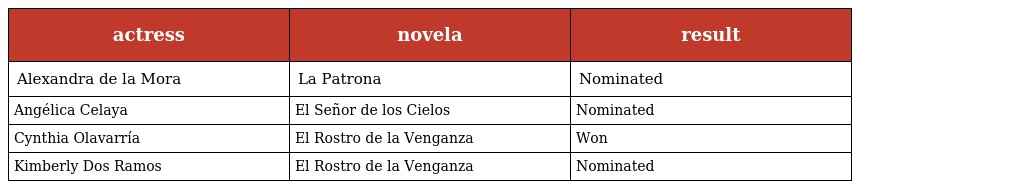
| actress | novela | result |
 | --- | --- | --- |
 | Alexandra de la Mora | La Patrona | Nominated |
 | Angélica Celaya | El Señor de los Cielos | Nominated |
 | Cynthia Olavarría | El Rostro de la Venganza | Won |
 | Kimberly Dos Ramos | El Rostro de la Venganza | Nominated |